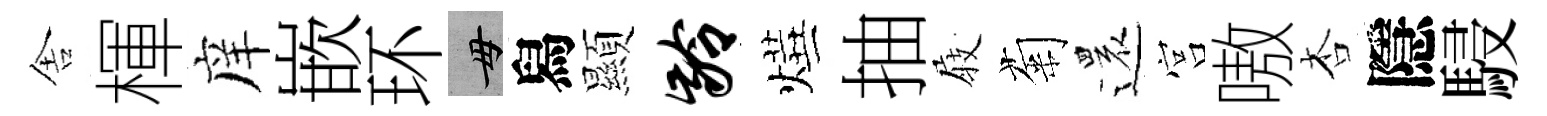
舎楎庠嵌环毋舄顯龄燁抽𡲆菊還宫嗷杏隱駸